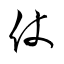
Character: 仗